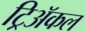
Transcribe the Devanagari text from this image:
ट्रिअॅकल